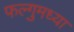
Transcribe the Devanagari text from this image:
फल्गुमध्या